Riigikohus_(kohtuotsuste_protokollid), lk 13
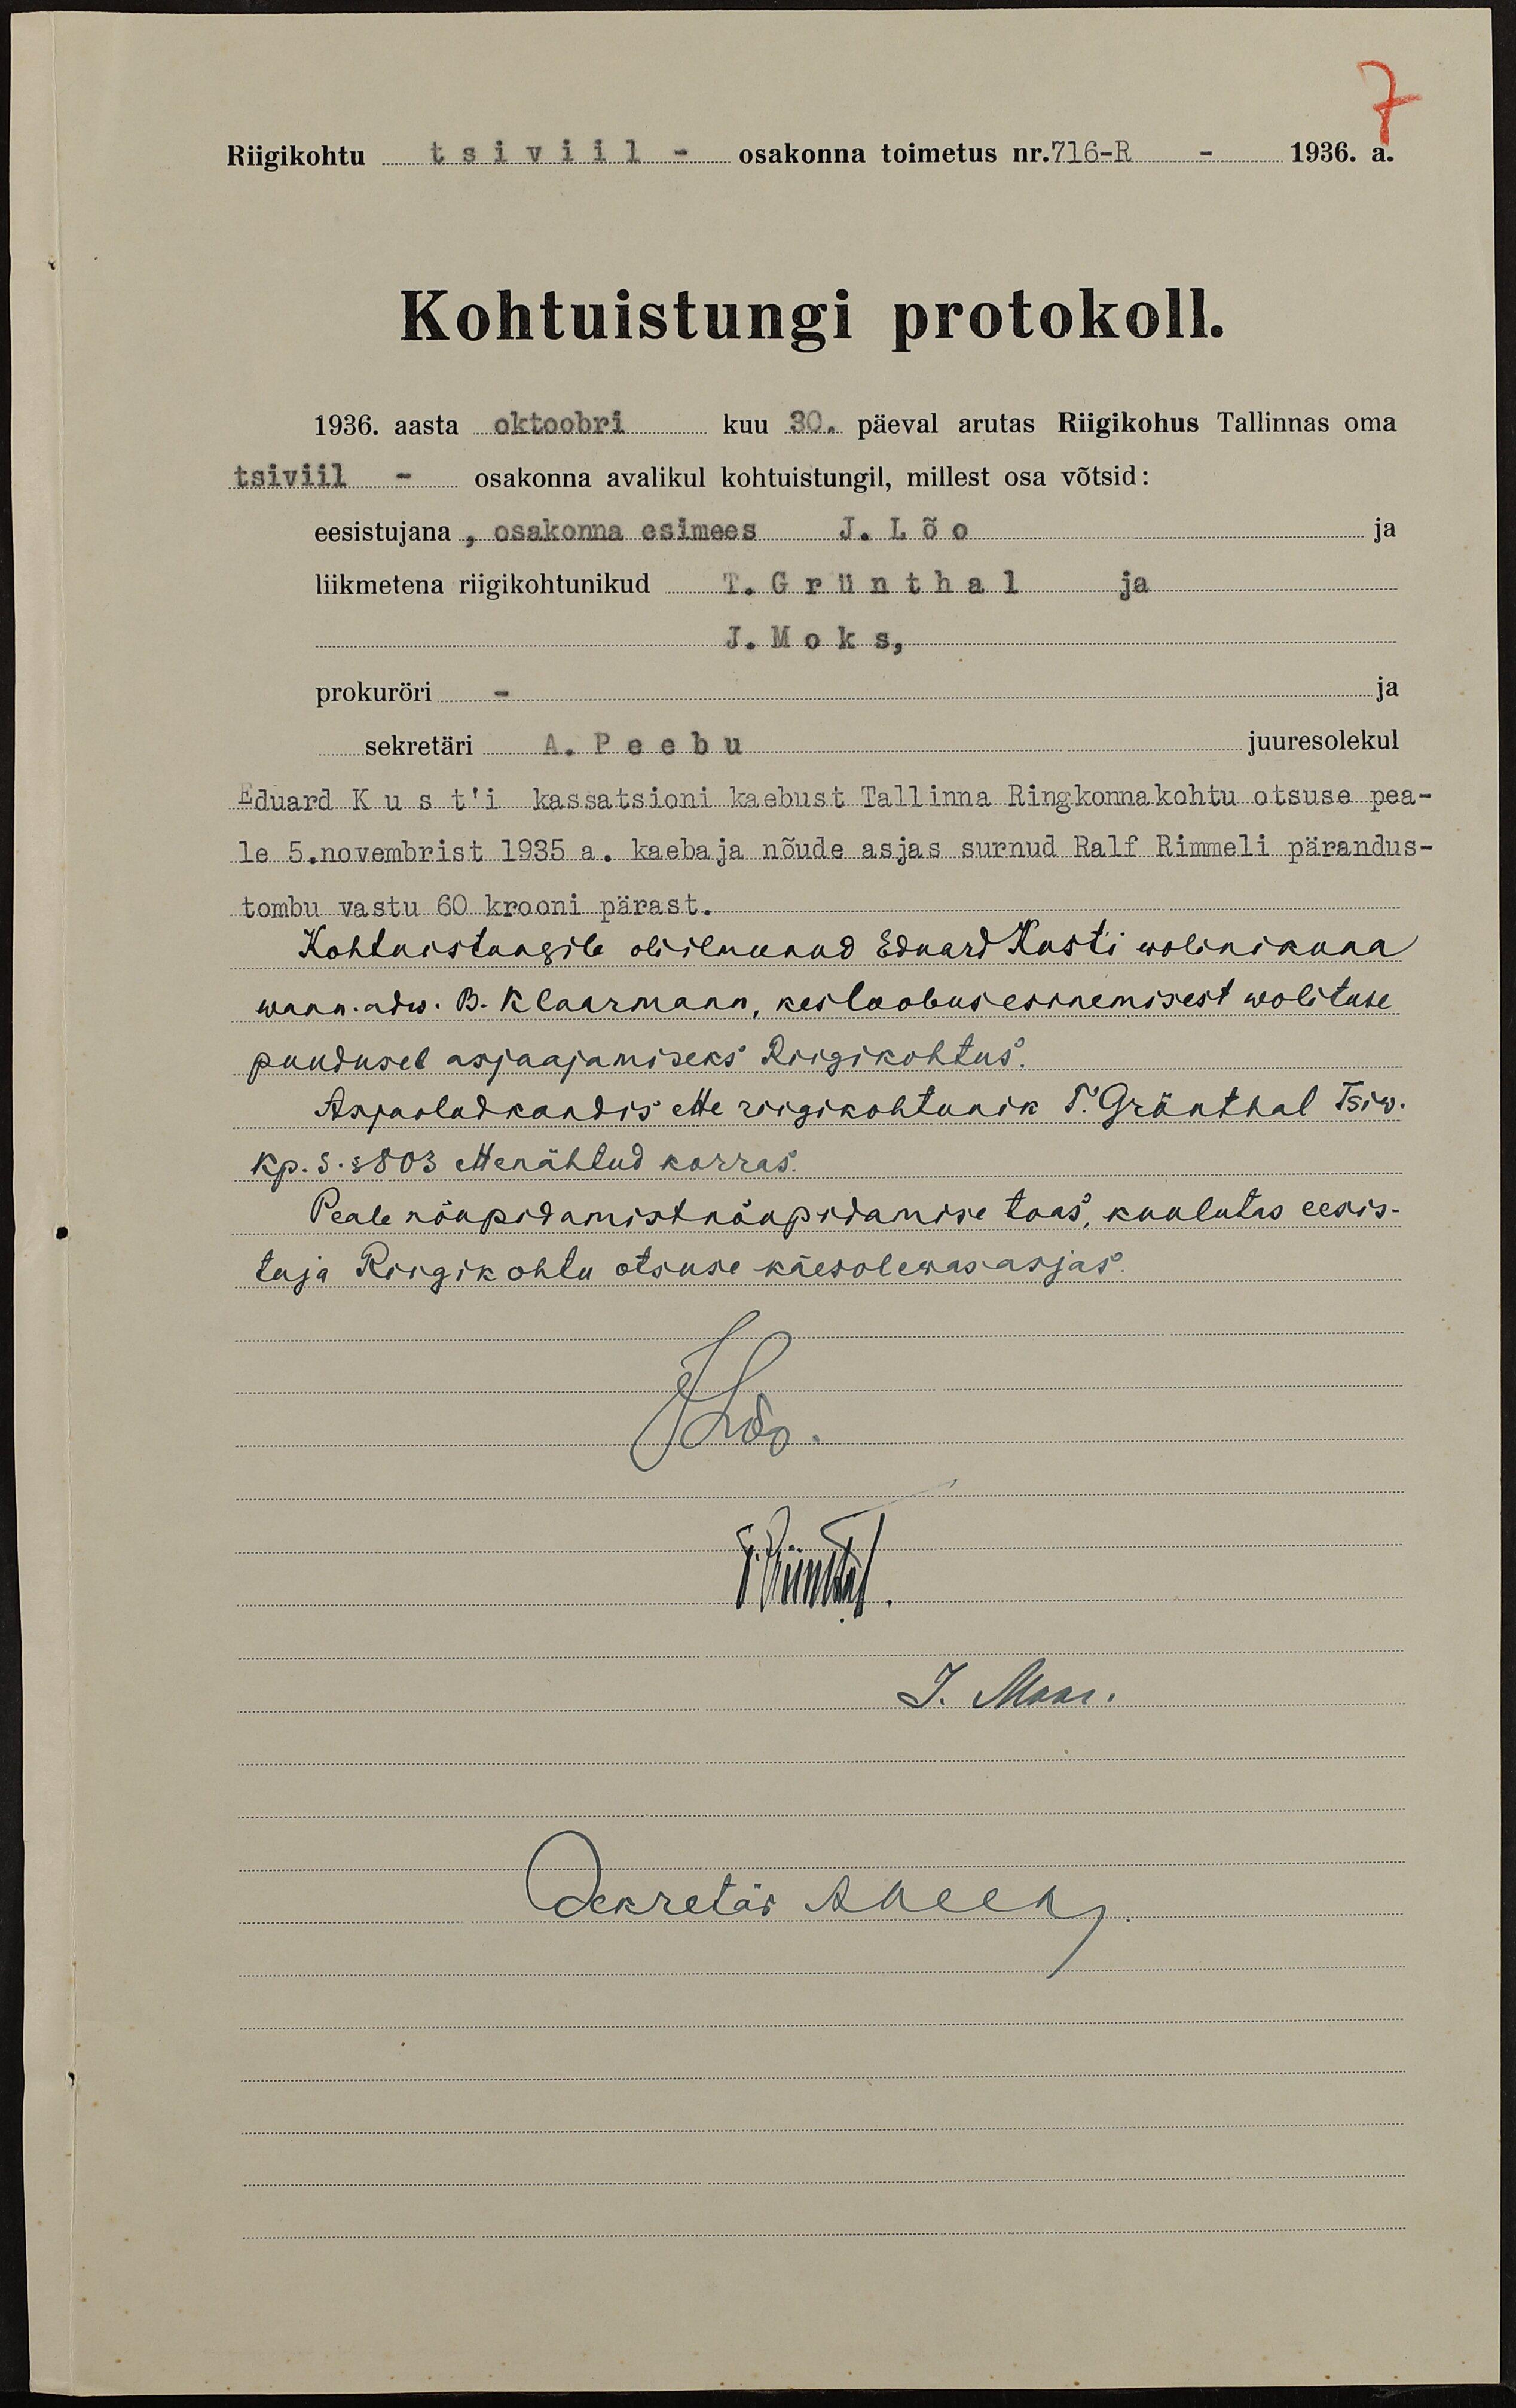
Riigikohtu tsiiviil-osakonna toimetus nr. 716-R. - 1936. a.
Kohtuistungi protokoll.
1936. aasta oktoobri kuu 30. päeval arutas Riigikohus Tallinnas oma
tsiviil - osakonna avalikul kohtuistungil, millest osa võtsid:
eesistujana, osakonna esimees J. Lõo
liikmetena riigikohtunikud T. Grünthal
J. Moks,
ja
prokuröri
juuresolekul
sekretäri A. Peebu
Eduard Kust'i kassatsioni kaebust Tallinna Ringkonnakohtu otsuse pea-
le 5. novembrist 1935.a. kaebaja nõude asjas surnud. Ralf Rimmeli pärandus-
tombu vastu 60 krooni pärast.
Kohtuistungile oli ilmunud Eduard Kusti wolinikuna
wann.adw. B. Klaarmann, kes loobus esinemisest wolituse
puudusel asjaajamiseks Riigikohtus.
Asjaolud kandis ette riigikohtunik T. Grünthal Tsiw.
Kp. S. § 803 ettenähtud korras
Peale nõupidamist nõupidamise toas kuulutas eesis-
tuja Riigikohtu otsuse käesolewas asjas.